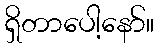
ရှိတာပေါ့နော်။